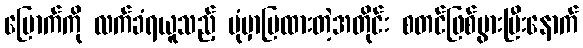
မြောက်ကို လက်ခံရယူသည့် ပုံမှာပြထားတဲ့အတိုင်း စတင်ဖြစ်ပွားပြီးနောက်